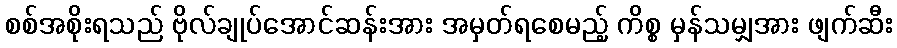
စစ်အစိုးရသည် ဗိုလ်ချုပ်အောင်ဆန်းအား အမှတ်ရစေမည့် ကိစ္စ မှန်သမျှအား ဖျက်ဆီး